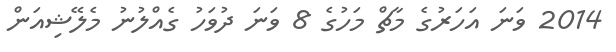
2014 ވަނަ އަހަރުގެ މާޗް މަހުގެ 8 ވަނަ ދުވަހު ގެއްލުނު މެލޭޝިއަން